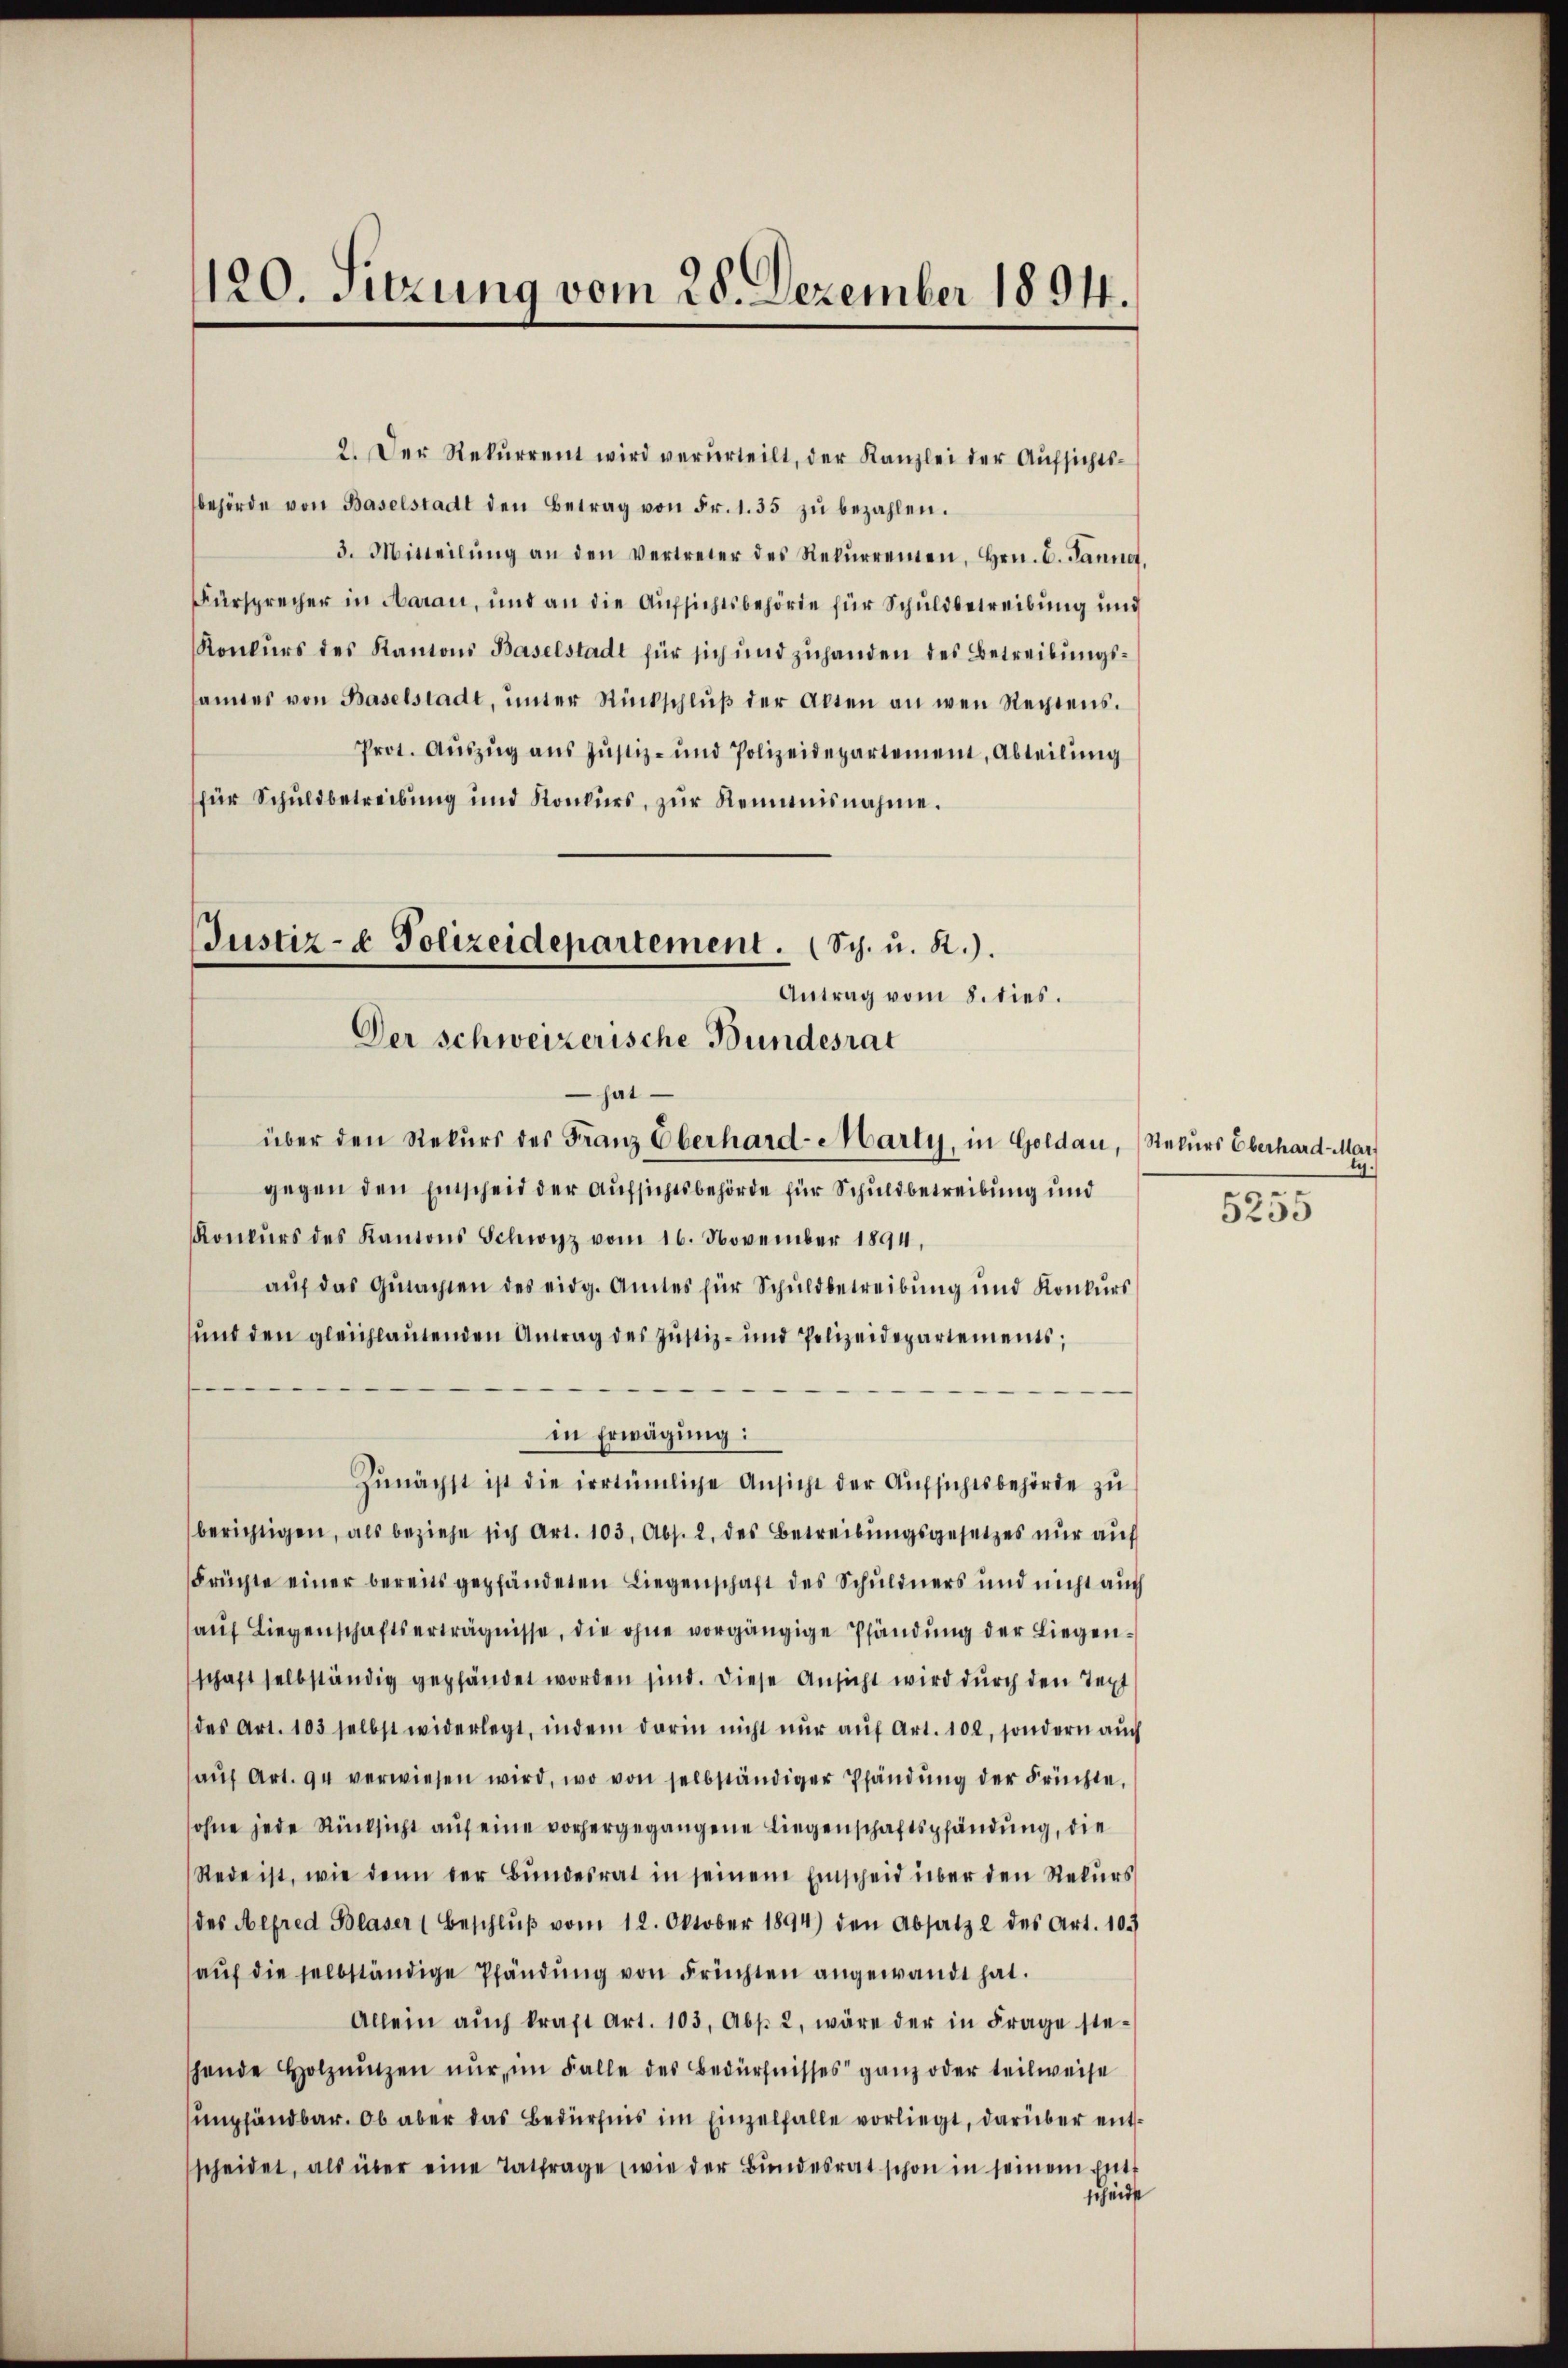
120. Sitzung vom 28. Dezember 1894.

2. Der Rekŭrrent wird verurteilt, der Kanzlei der Aŭfsichts-
behörde von Baselstadt den Betrag von Fr. 1.35 zŭ bezahlen.
3. Mitteilŭng an den vertreter des Rekŭrrenten, Hrn. C. Janne,
Fürsprecher in Aarau, und an die Aufsichtsbehörde für Schuldbetreibung und
Konkurs des Kantons Baselstadt für sich und zuhanden des Betreibungssamtes von Baselstadt, ŭnter Rückschlŭβ der Akten an wen Rechtens.
Prot. Aŭszŭg aŭs Jŭstiz- und Polizeidepartement, Abteilŭng
für Schuldbetreibung und Konkurs, zur Reimnisnahme.
Justiz- & Polizeidepartement. (Sch. u. R.).
Antrag vom 8. dies.
Der schweizerische Bundesrat

hat
über den Rekurs des Franz Oberhard-Marty, in Goldau, Rekurs Oberhard Mar

gegen den Einscheid der Aufsichtsbehörde für Schuldbetreibung und
Konkŭrs des Kantons Schwyz vom 16. November 1894,
auf das Gutachten des eidg. Amtes für Schuldbetreibung und Konkurs
und den gleichlautenden Antrag des Justiz- und Polizeidepartements;
in Erwägung:
zŭnächst ist die irrtümliche Ansicht der Aufsichtsbehörde zu
berichtigen, als beziehe sich Art. 103, Abs. 2. des Betreibŭngsgesetzes nŭr aŭf
Früchte einer bereits gepfändeten Liegenschaft des Schuldners und nicht auch
auf Liegenschaftserträgnisse, die ohne vorgängige Pfändung der Liegenschaft selbständig gepfändet worden sind. Diese Ansicht wird durch den Text
des Art. 103 selbst widerlegt, indem darin nicht nŭr aŭf Art. 100, sondern auch
aŭf Art. 94 verwiesen wird, wo von selbständiger Pfändung der Früchte,
ohne jede Rücksicht auf eine vorhergegangene Liegenschaftspfändung, die
Rede ist, wie denn der Bŭndesrat in seinem Einscheid über den Rekurs
des Alfred Blaser (Beschlŭβ vom 12. Oktober 1894) den Absatz 2 des Art. 103
aŭf die selbständige Pfändŭng von Früchten angewandt hat.
Allein aŭch kraft Art. 103, Abs. 2, wäre der in Frage ste-
hende Holznŭngen nur, im Falle des Bedürfnisses ganz oder teilweise
empfändbar. Ob aber das Bedürfnis im Einzelfalle vorliegt, darüber entscheidet, als über eine Tatfrage (wie der Bŭndesrat schon in seinem Entf
scheidet

5255